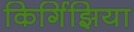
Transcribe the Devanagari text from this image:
किर्गिझिया